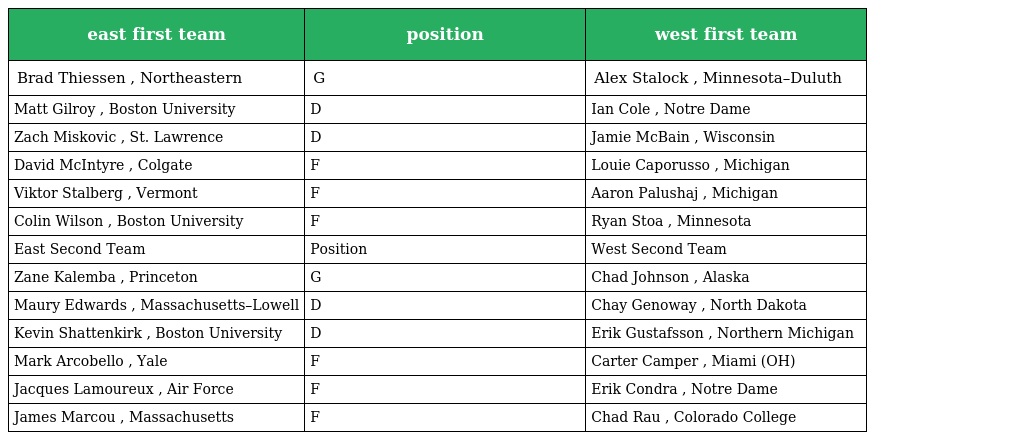
| east first team | position | west first team |
 | --- | --- | --- |
 | Brad Thiessen , Northeastern | G | Alex Stalock , Minnesota–Duluth |
 | Matt Gilroy , Boston University | D | Ian Cole , Notre Dame |
 | Zach Miskovic , St. Lawrence | D | Jamie McBain , Wisconsin |
 | David McIntyre , Colgate | F | Louie Caporusso , Michigan |
 | Viktor Stalberg , Vermont | F | Aaron Palushaj , Michigan |
 | Colin Wilson , Boston University | F | Ryan Stoa , Minnesota |
 | East Second Team | Position | West Second Team |
 | Zane Kalemba , Princeton | G | Chad Johnson , Alaska |
 | Maury Edwards , Massachusetts–Lowell | D | Chay Genoway , North Dakota |
 | Kevin Shattenkirk , Boston University | D | Erik Gustafsson , Northern Michigan |
 | Mark Arcobello , Yale | F | Carter Camper , Miami (OH) |
 | Jacques Lamoureux , Air Force | F | Erik Condra , Notre Dame |
 | James Marcou , Massachusetts | F | Chad Rau , Colorado College |